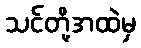
သင်တို့အထဲမှ